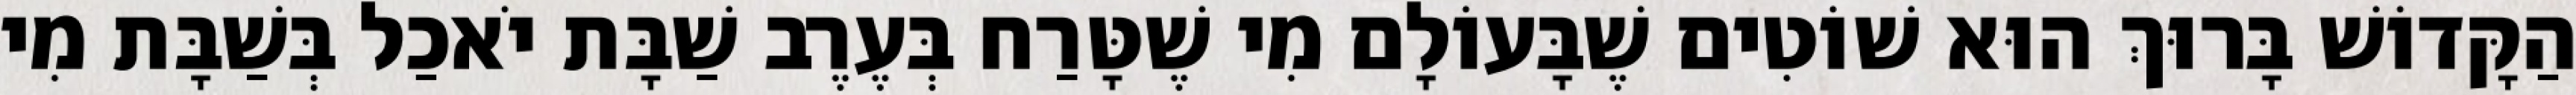
הַקָּדוֹשׁ בָּרוּךְ הוּא שׁוֹטִים שֶׁבָּעוֹלָם מִי שֶׁטָּרַח בְּעֶרֶב שַׁבָּת יֹאכַל בְּשַׁבָּת מִי